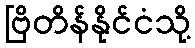
ဗြိတိန်နိုင်ငံသို့